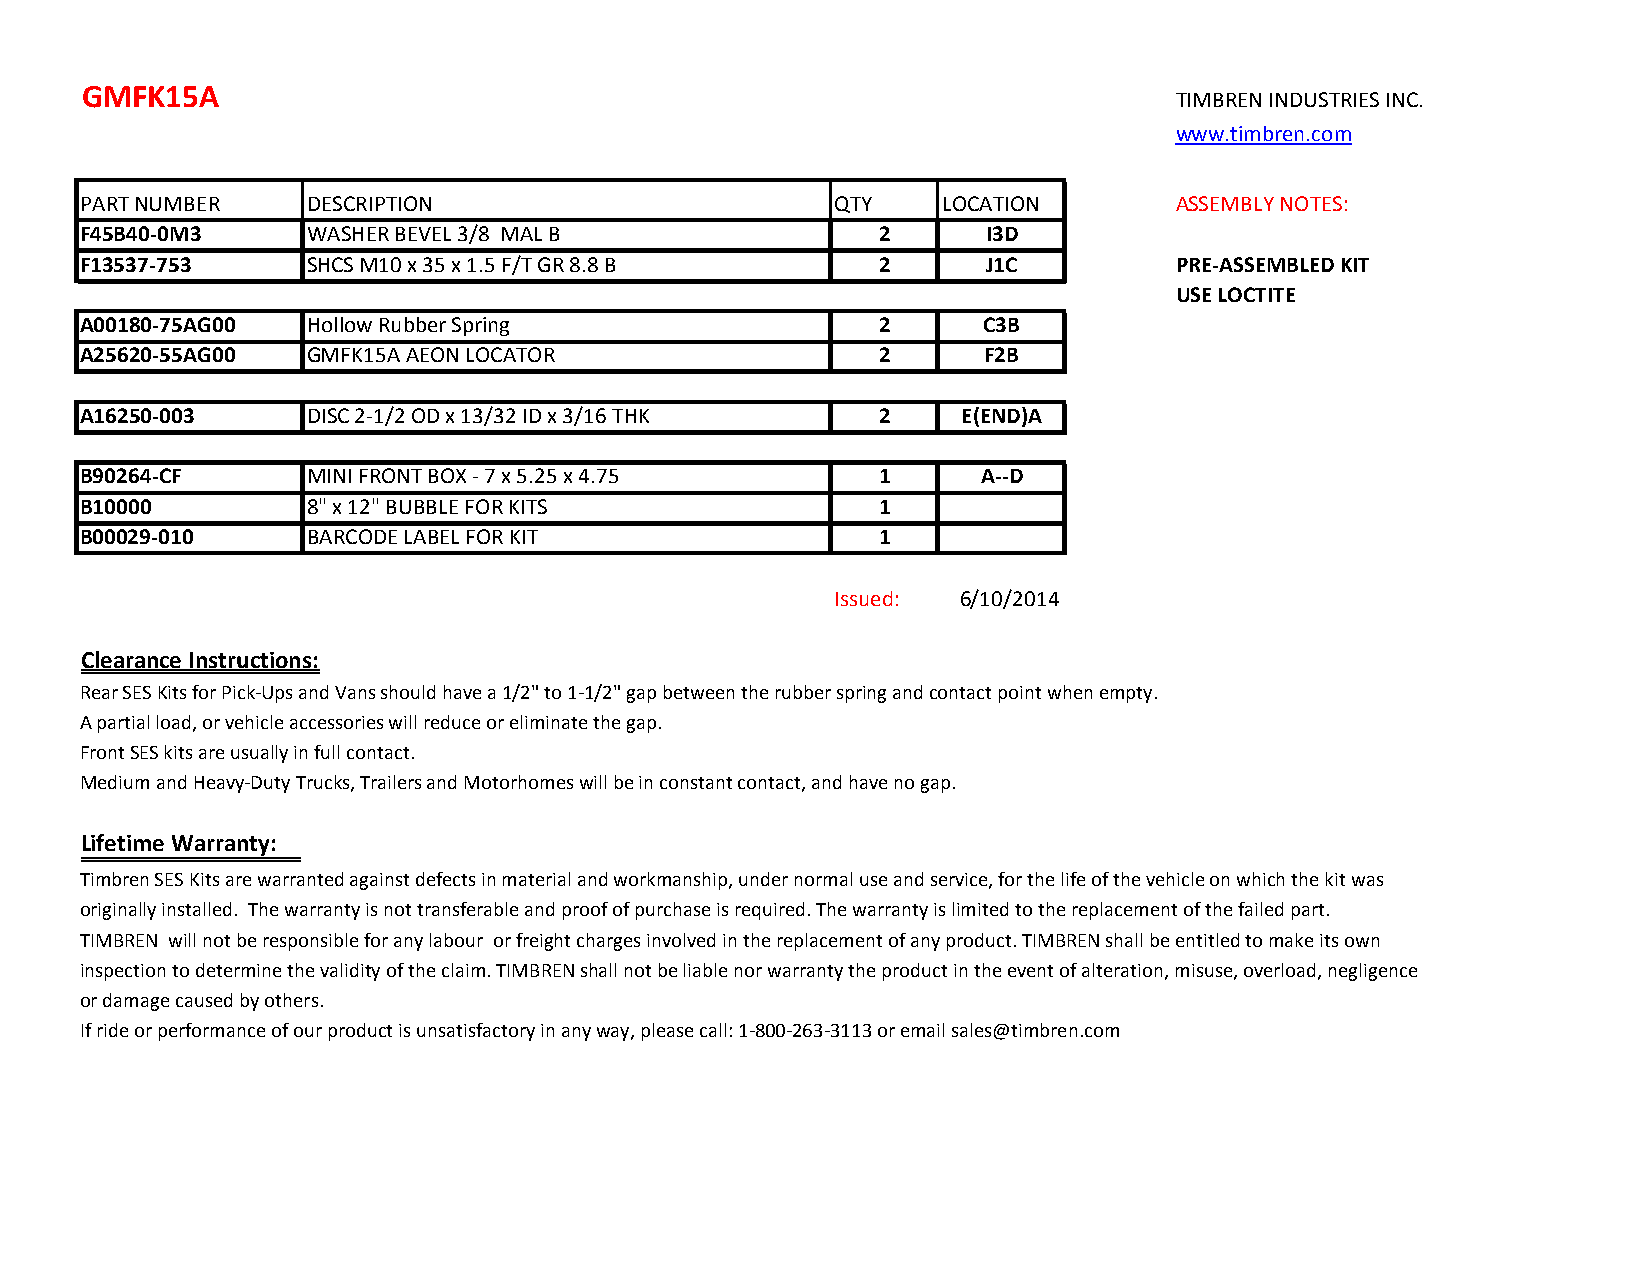
GMFK15A
 TIMBREN INDUSTRIES INC.
 www.timbren.com
 PART NUMBER    DESCRIPTION                        QTY    LOCATION        ASSEMBLY NOTES:
 F45B40-0M3     WASHER BEVEL 3/8 MAL B                2      I3D
 F13537-753     SHCS M10 x 35 x 1.5 F/T GR 8.8 B      2      J1C          PRE-ASSEMBLED KIT
 USE LOCTITE
 A00180-75AG00  Hollow Rubber Spring                  2      C3B
 A25620-55AG00  GMFK15A AEON LOCATOR                  2      F2B
 A16250-003     DISC 2-1/2 OD x 13/32 ID x 3/16 THK   2     E(END)A
 B90264-CF      MINI FRONT BOX - 7 x 5.25 x 4.75      1      A--D
 B10000         8" x 12" BUBBLE FOR KITS              1
 B00029-010     BARCODE LABEL FOR KIT                 1
 Issued:  6/10/2014
 Clearance Instructions:
 Rear SES Kits for Pick-Ups and Vans should have a 1/2" to 1-1/2" gap between the rubber spring and contact point when empty.
 A partial load, or vehicle accessories will reduce or eliminate the gap.
 Front SES kits are usually in full contact.
 Medium and Heavy-Duty Trucks, Trailers and Motorhomes will be in constant contact, and have no gap.
 Lifetime Warranty:
 Timbren SES Kits are warranted against defects in material and workmanship, under normal use and service, for the life of the vehicle on which the kit was
 originally installed. The warranty is not transferable and proof of purchase is required. The warranty is limited to the replacement of the failed part.
 TIMBREN will not be responsible for any labour or freight charges involved in the replacement of any product. TIMBREN shall be entitled to make its own
 inspection to determine the validity of the claim. TIMBREN shall not be liable nor warranty the product in the event of alteration, misuse, overload, negligence
 or damage caused by others.
 If ride or performance of our product is unsatisfactory in any way, please call: 1-800-263-3113 or email sales@timbren.com